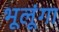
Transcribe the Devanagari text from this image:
भूलूंगा